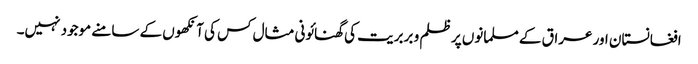
افغانستان اور عراق کے مسلمانوں پر ظلم و بربریت کی گھنائونی مثال کس کی آنکھوں کے سامنے موجود نہیں۔